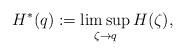
LaTeX: \begin{align*}H^*(q):=\limsup_{\zeta\to q}H(\zeta), \end{align*}